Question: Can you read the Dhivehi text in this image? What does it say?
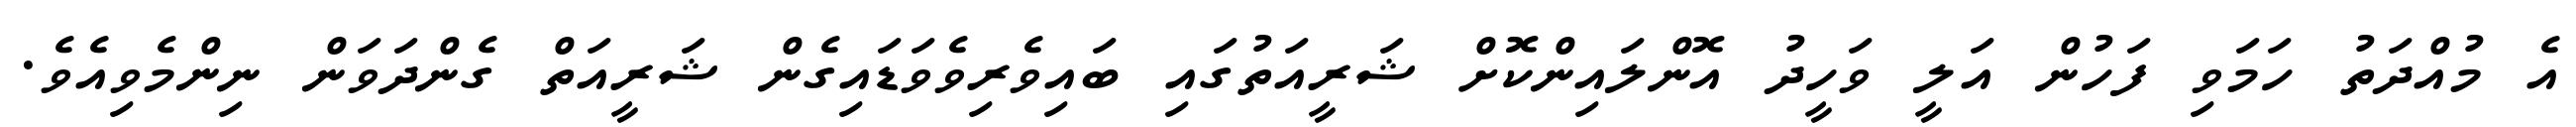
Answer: އެ މުއްދަތު ހަމަވި ފަހުން އަލީ ވަހީދު އޮންލައިންކޮށް ޝަރީއަތުގައި ބައިވެރިވެވަޑައިގެން ޝަރީއަތް ގެންދަވަން ނިންމެވިއެވެ.